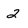
Character: 2